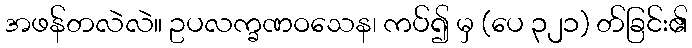
အဖန်တလဲလဲ။ ဥပလက္ခဏဝသေန၊ ကပ်၍ မှ (ပေ ၃၂၁) တ်ခြင်း၏